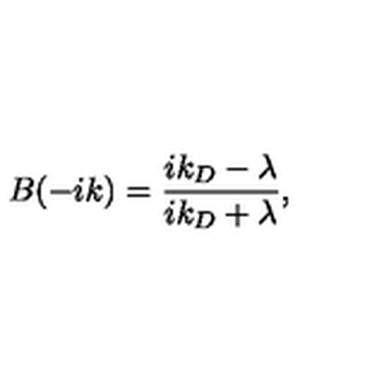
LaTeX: B ( - i k ) = \frac { i k _ { D } - \lambda } { i k _ { D } + \lambda } ,